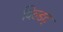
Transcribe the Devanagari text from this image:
विल्डट्